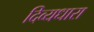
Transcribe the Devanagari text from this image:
दिव्यधारा